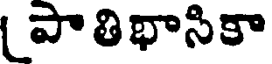
పాతిభాసికా